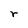
Character: r